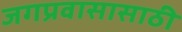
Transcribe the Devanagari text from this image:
जगप्रवासासाठी